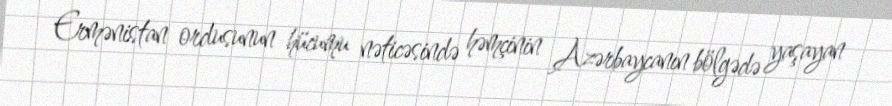
Ermənistan ordusunun hücumu nəticəsində həmçinin Azərbaycanın bölgədə yaşayan